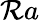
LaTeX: \mathcal{R}a